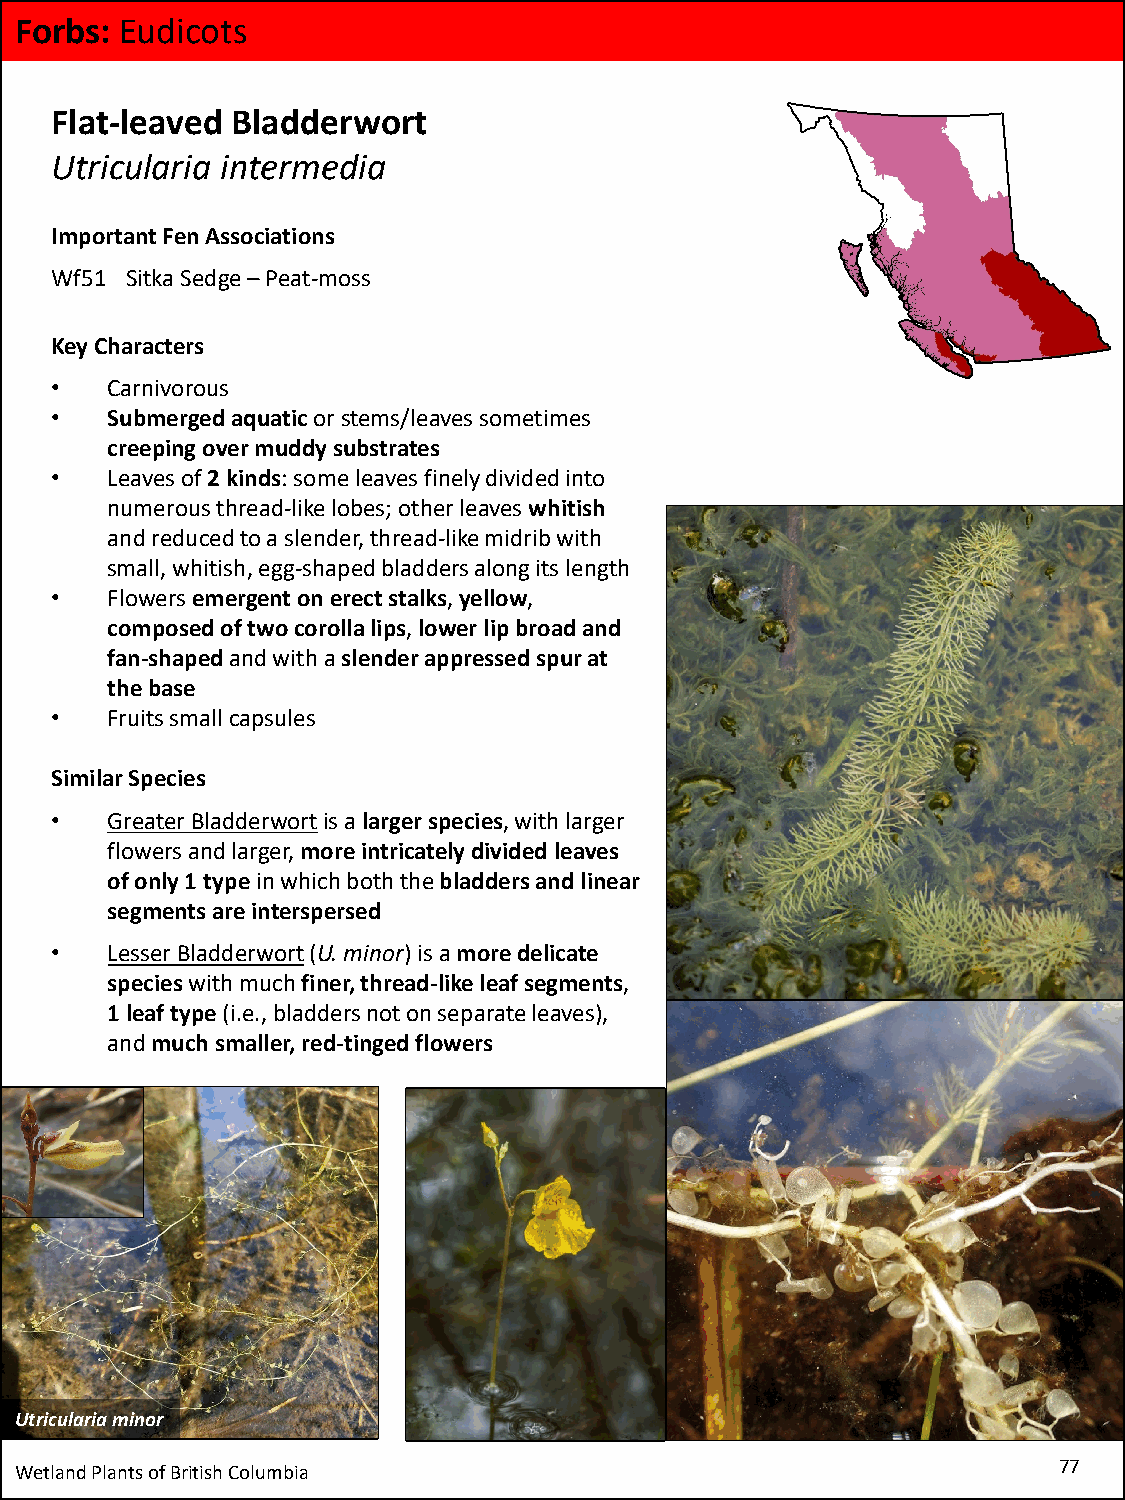
Forbs: Eudicots
 Flat-leaved Bladderwort
 Utricularia intermedia
 Important Fen Associations
 Wf51 Sitka Sedge –Peat-moss
 Key Characters
 •   Carnivorous
 •   Submerged aquatic or stems/leaves sometimes
 creeping over muddy substrates
 •   Leaves of 2 kinds: some leaves finely divided into
 numerous thread-like lobes; other leaves whitish
 and reduced to a slender, thread-like midrib with
 small, whitish, egg-shaped bladders along its length
 •   Flowers emergent on erect stalks, yellow,
 composed of two corolla lips, lower lip broad and
 fan-shaped and with a slender appressed spur at
 the base
 •   Fruits small capsules
 Similar Species
 •   Greater Bladderwortis a larger species, with larger
 flowers and larger, more intricately divided leaves
 of only 1 typein which both the bladders and linear
 segments are interspersed
 •   Lesser Bladderwort(U. minor) is a more delicate
 species with much finer, thread-like leaf segments,
 1 leaf type (i.e., bladders not on separate leaves),
 and much smaller, red-tinged flowers
 Utriculariaminor
 Wetland Plants of British Columbia                                   77